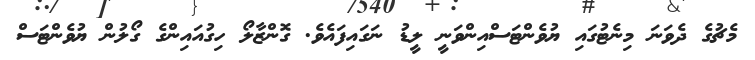
މެޗުގެ ދެވަނަ މިނެޓުގައި ޔުވެންޓަސްއިންވަނީ ލީޑު ނަގައިފައެވެ. ގޮންޒާލޯ ހިގުއައިންގެ ގޯލުން ޔުވެންޓަސް